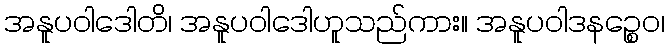
အနူပဝါဒေါတိ၊ အနူပဝါဒေါဟူသည်ကား။ အနူပဝါဒနဉ္စေဝ၊